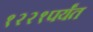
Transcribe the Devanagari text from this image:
१२२१पर्यंत